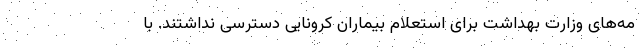
مه‌های وزارت بهداشت برای استعلام بیماران کرونایی دسترسی نداشتند. با